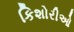
કિશોરીઓ